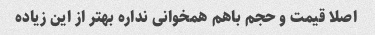
اصلا قیمت و حجم باهم همخوانی نداره بهتر از این زیاده